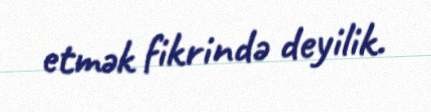
etmək fikrində deyilik.